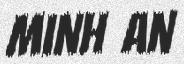
Minh An